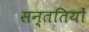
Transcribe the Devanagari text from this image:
सन्ततियों